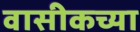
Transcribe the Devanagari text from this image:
वासीकच्या